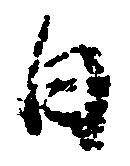
日